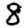
Digit: 8